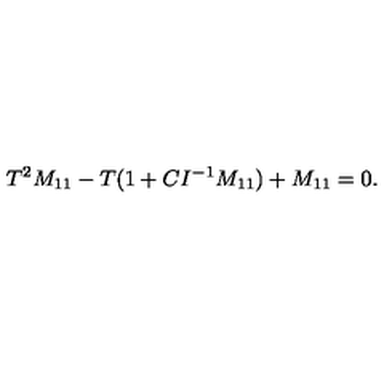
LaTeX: T ^ { 2 } M _ { 1 1 } - T ( 1 + C I ^ { - 1 } M _ { 1 1 } ) + M _ { 1 1 } = 0 .